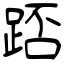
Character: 踎